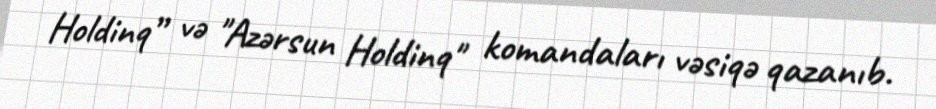
Holdinq” və "Azərsun Holdinq" komandaları vəsiqə qazanıb.